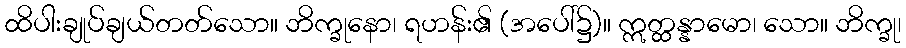
ထိပါးချုပ်ချယ်တတ်သော။ ဘိက္ခုနော၊ ရဟန်း၏ (အပေါ်၌)။ ဣတ္ထန္နာမော၊ သော။ ဘိက္ခု၊